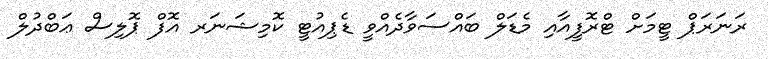
ރަނަރަޕް ޓީމަށް ޓްރޮފީއާއި މެޑަލް ބައްސަވާދެއްވީ ޑެޕިއުޓީ ކޮމިޝަނަރ އޮފް ޕޮލިސް ޢަބްދުލް